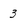
Character: 3